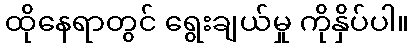
ထိုနေရာတွင် ရွေးချယ်မှု ကိုနှိပ်ပါ။